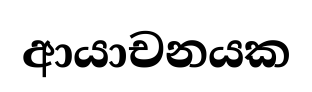
ආයාචනයක